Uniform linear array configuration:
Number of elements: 32
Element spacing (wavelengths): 0.75
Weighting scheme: uniform
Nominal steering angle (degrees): -15
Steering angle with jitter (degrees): -13.629
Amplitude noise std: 0.05
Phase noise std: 0.05

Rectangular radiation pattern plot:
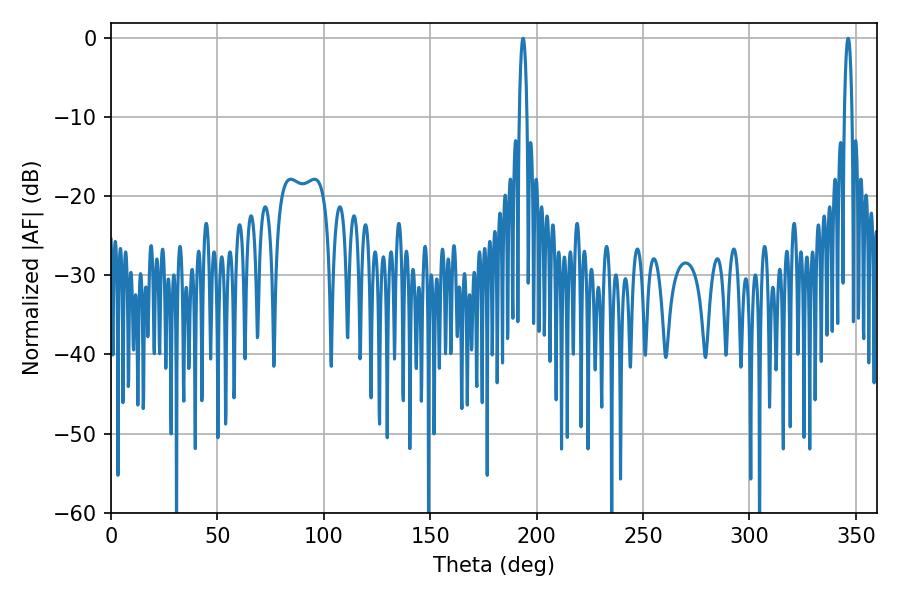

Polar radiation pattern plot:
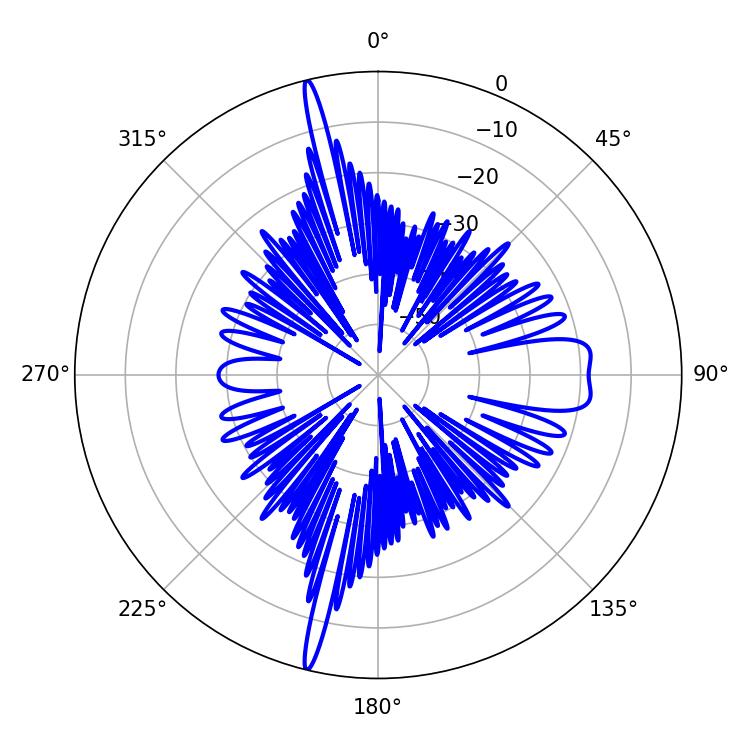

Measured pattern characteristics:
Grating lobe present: TRUE
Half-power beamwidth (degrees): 1.98
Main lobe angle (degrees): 346.32